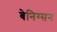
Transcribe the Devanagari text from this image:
बेनिग्सन